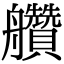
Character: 𦫅